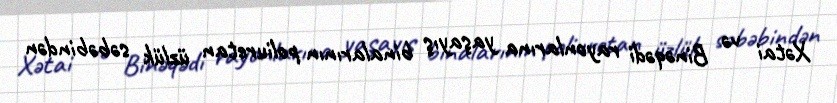
Xətai və Binəqədi rayonlarına yaşayış binalarının poliuretan üzlük səbəbindən